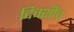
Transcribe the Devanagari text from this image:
दिवशींच